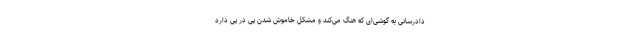
دادرسانی به گوشی‌ای که هنگ می‌کند و مشکل خاموش شدن پی در پی دارد